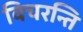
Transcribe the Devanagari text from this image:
विचरन्ति